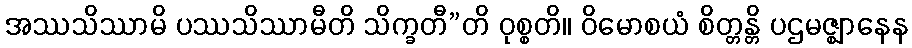
အဿသိဿာမိ ပဿသိဿာမီတိ သိက္ခတီ”တိ ဝုစ္စတိ။ ဝိမောစယံ စိတ္တန္တိ ပဌမဇ္ဈာနေန